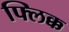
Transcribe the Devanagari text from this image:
फ्लिक्क